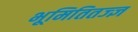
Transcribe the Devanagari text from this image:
भूमितितज्ज्ञ